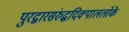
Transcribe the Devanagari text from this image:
पुरद्वारसंरुद्धदिक्पाललोके